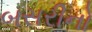
બસરીનો